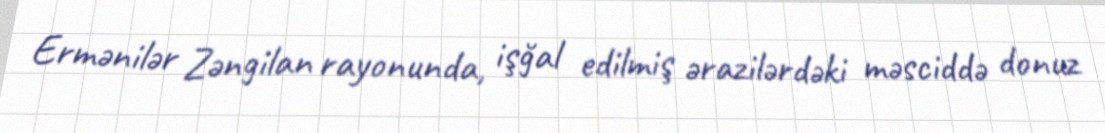
Ermənilər Zəngilan rayonunda, işğal edilmiş ərazilərdəki məsciddə donuz